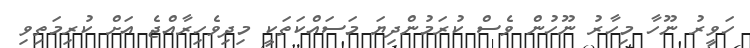
ހަވީރު ނޫހާ މިހާރު ނޫހުން ވެސް ކުރަމުންދިޔަ މަސައްކަތަކީ މިދިވެހިރާއްޖެ އަށް ކުރިމަތިވި